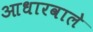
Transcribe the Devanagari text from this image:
आधारवाले